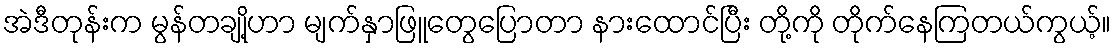
အဲဒီတုန်းက မွန်တချို့ဟာ မျက်နှာဖြူတွေပြောတာ နားထောင်ပြီး တို့ကို တိုက်နေကြတယ်ကွယ့်။